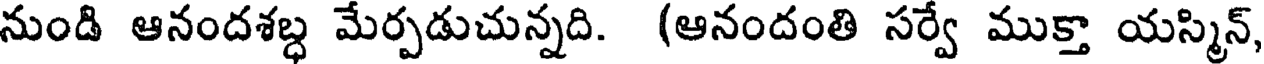
నుండి ఆనందశబ్ధ మేర్పడుచున్నది. (ఆనందంతి సర్వే ముక్తా యస్మిన్